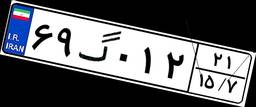
۳۲گ۳۲۵۱۱